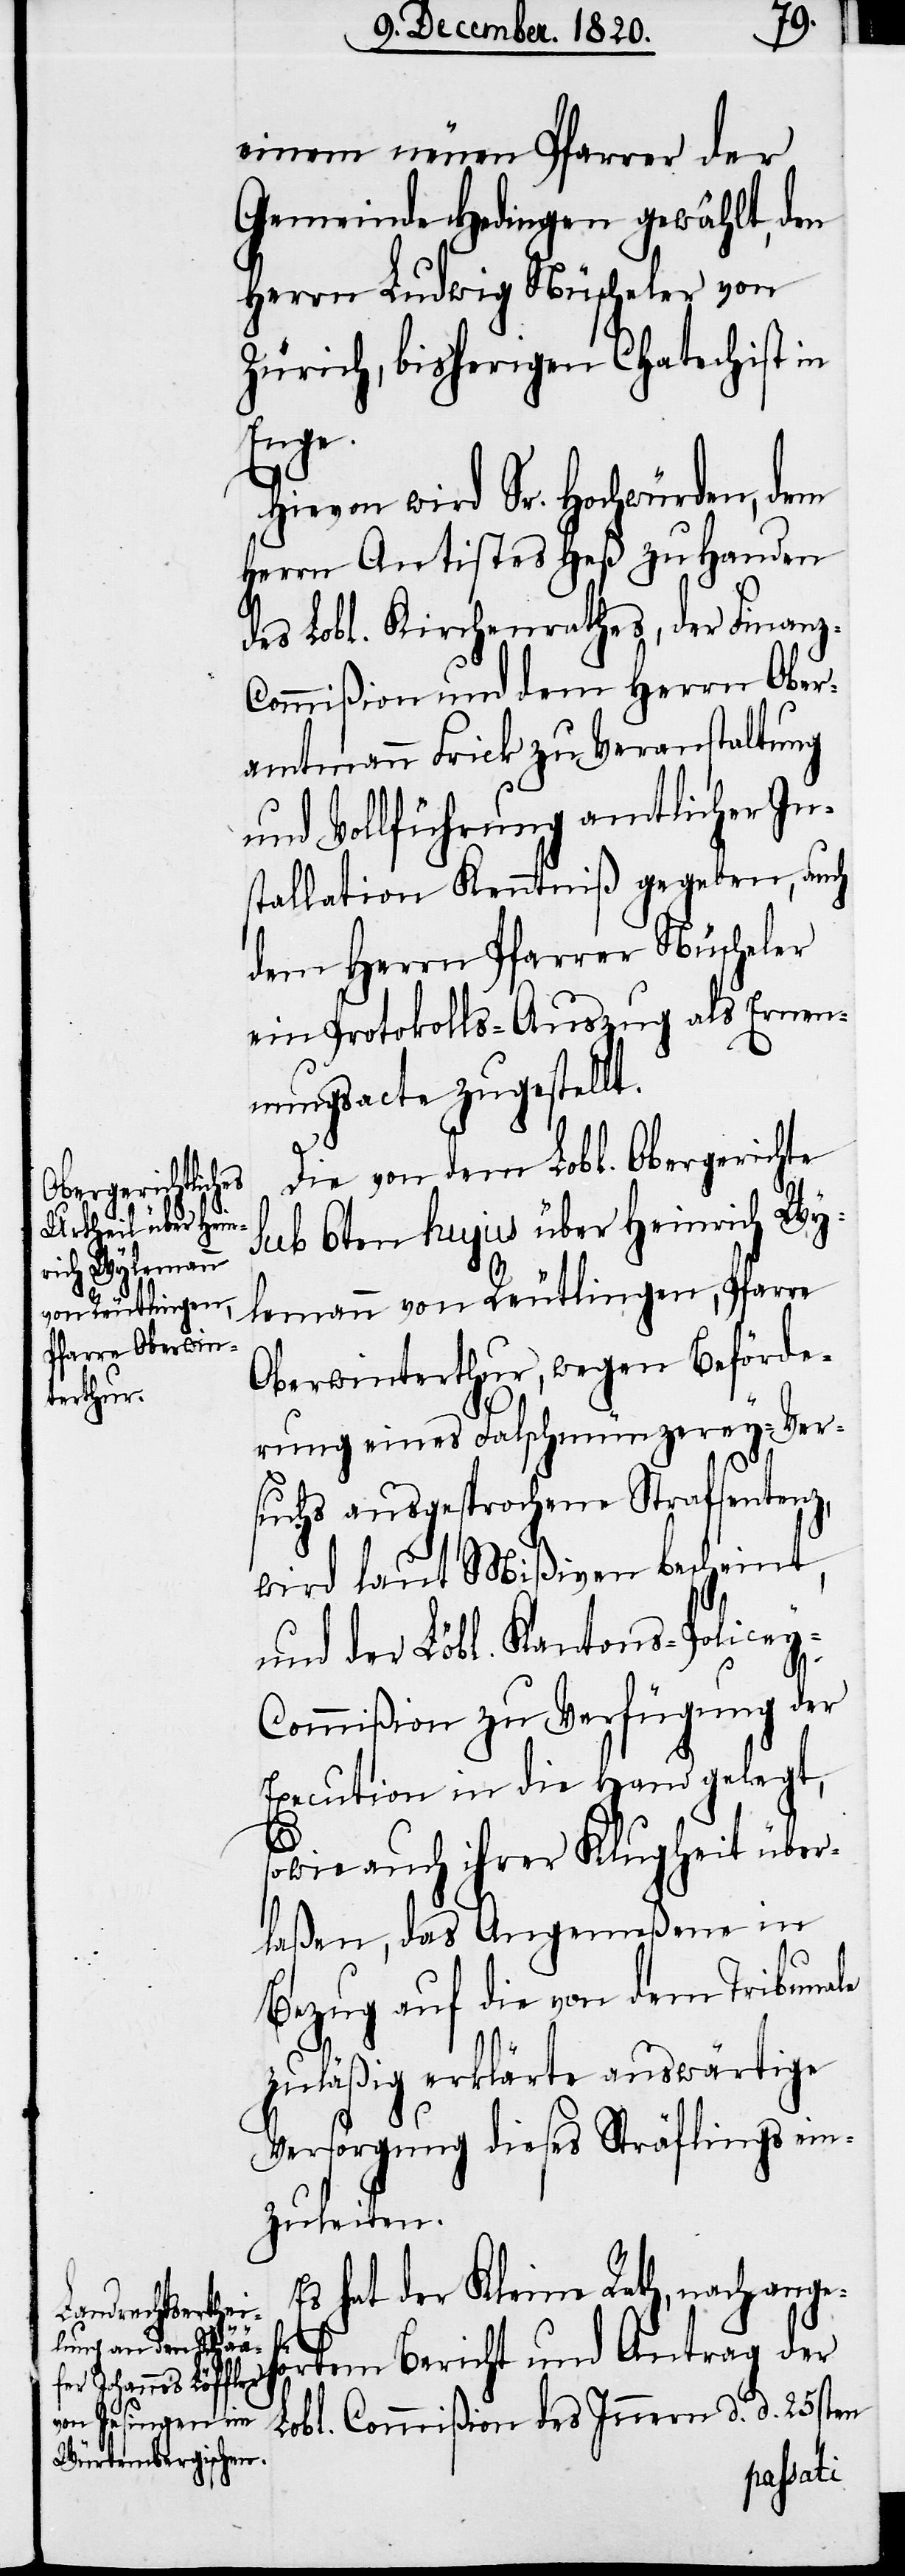
einem neuen Pfarrer der
Gemeinde Hedingen gewählt, den
Herrn Ludwig Nüscheler von
Zürich, bisherigen Chatechist in
Enge.
Hievon wird Sr. Hochwürden, dem
Herrn Antistes Heß zu Handen
des Lobl. Kirchenrathes, der Finan¬
ommißion und dem Herrn Ober¬
amtmann Frick zu Veranstaltung
und Vollführung amtlicher In¬
stallation Kenntniß gegeben, auch
dem Herrn Pfarrer Nüscheler
ein Protokolls-Auszug als Ernen¬
nungsacte zugestellt.
Die von dem Lobl. Obergerichte
sub 6ten hujus über Heinrich Wy¬
lemann von Reutlingen, Pfarre
Oberwinterthur, wegen Beförde¬
rung eines Falschmünzerey-Ver¬
suchs ausgesprochene Strafsentenz,
wird laut Mißiven bescheint,
und der Löbl. Kantons-Police¬
y-Commißion zu Verfügung der
Execution in die Hand gelegt,
sowie auch ihrer Klugheit über¬
laßen, das Angemeßene in
Bezug auf die von dem Tribunale
zulässig erklärte auswärtige
Versorgung dieses Sträflings ein¬
zuleiten.
Es hat der Kleine Rath, nach ange¬
h¬
örtem Bericht und Antrag der
Lobl. Commißion des Innern d. d. 25sten